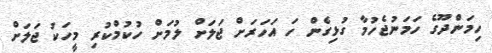
ހިމަންދޫގެ ހަމަނުޖެހުމާ ގުޅިގެން ހަ އަހަރަށް ޖަލަށް ލުމަށް ހުކުމްކުރި މީހަކު ޖަލަށް